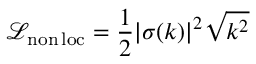
\mathcal { L } _ { \mathrm { n o n \, l o c } } = { \frac { 1 } { 2 } } | \sigma ( k ) | ^ { 2 } \sqrt { k ^ { 2 } }